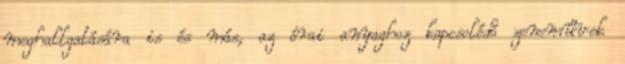
meghallgatására is és más, az órai anyaghoz kapcsolódó zeneművek